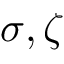
\sigma , \zeta